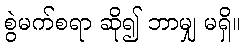
စွဲမက်စရာ ဆို၍ ဘာမျှ မရှိ။